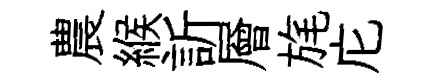
農緱訢層旄庀